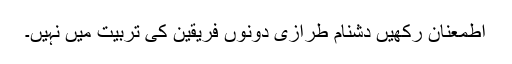
اطمعنان رکھیں دشنام طرازی دونوں فریقین کی تربیت میں نہیں۔